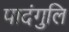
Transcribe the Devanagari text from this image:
पादंगुलि